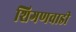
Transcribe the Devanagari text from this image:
शिगणवाडी